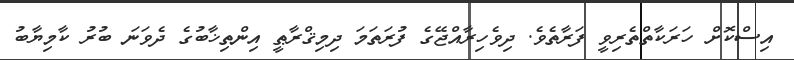
އިސްކޮށް ހަރަކާތްތެރިވީ ފަރާތެވެ. ދިވެހިރާއްޖޭގެ ފުރަތަމަ ދިމިޤްރާޠީ އިންތިޚާބުގެ ދެވަނަ ބުރު ކާމިޔާބު